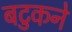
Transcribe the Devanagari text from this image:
बटुकने